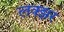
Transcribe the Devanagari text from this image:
लक्झर